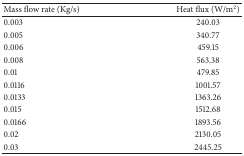
<table><thead><tr><td><b>Mass flow rate (Kg/s)</b></td><td><b>Heat flux (W/m<sup>2</sup>)</b></td></tr></thead><tbody><tr><td>0.003</td><td>240.03</td></tr><tr><td>0.005</td><td>340.77</td></tr><tr><td>0.006</td><td>459.15</td></tr><tr><td>0.008</td><td>563.38</td></tr><tr><td>0.01</td><td>479.85</td></tr><tr><td>0.0116</td><td>1001.57</td></tr><tr><td>0.0133</td><td>1363.26</td></tr><tr><td>0.015</td><td>1512.68</td></tr><tr><td>0.0166</td><td>1893.56</td></tr><tr><td>0.02</td><td>2130.05</td></tr><tr><td>0.03</td><td>2445.25</td></tr></tbody></table>